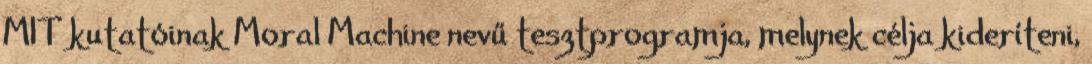
MIT kutatóinak Moral Machine nevű tesztprogramja, melynek célja kideríteni,